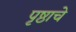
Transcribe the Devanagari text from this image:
पृष्ठाचे